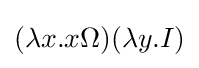
(\lambda x.x\Omega )(\lambda y.I)